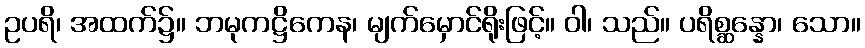
ဥပရိ၊ အထက်၌။ ဘမုကဋ္ဌိကေန၊ မျက်မှောင်ရိုးဖြင့်။ ဝါ၊ သည်။ ပရိစ္ဆန္နော၊ သော။